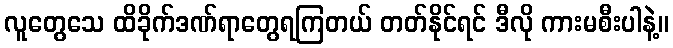
လူတွေသေ ထိခိုက်ဒဏ်ရာတွေရကြတယ် တတ်နိုင်ရင် ဒီလို ကားမစီးပါနဲ့။